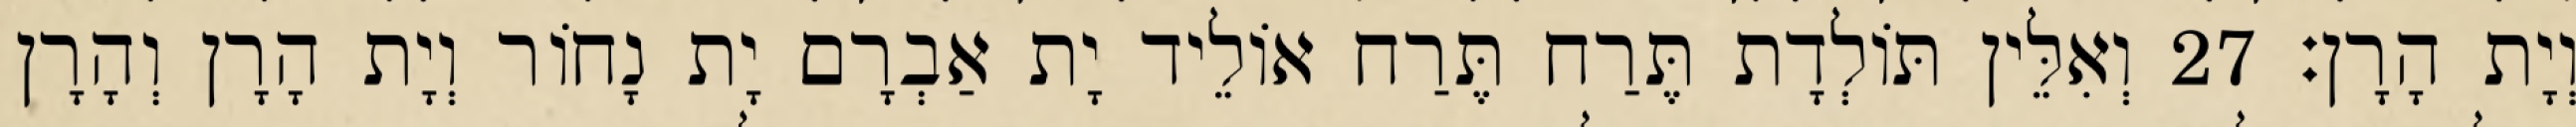
וְיָת הָרָן׃ 27 וְאִלֵּין תּוֹלְדָת תֶּרַח תֶּרַח אוֹלֵיד יָת אַבְרָם יָת נָחוֹר וְיָת הָרָן וְהָרָן